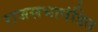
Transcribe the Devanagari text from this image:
राजसभापंडित